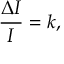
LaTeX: { \frac { \Delta I } { I } } = k ,